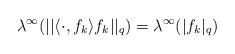
LaTeX: \begin{align*}\lambda^\infty(||\langle\cdot,f_k\rangle f_k||_q)=\lambda^\infty(|f_k|_q) \end{align*}